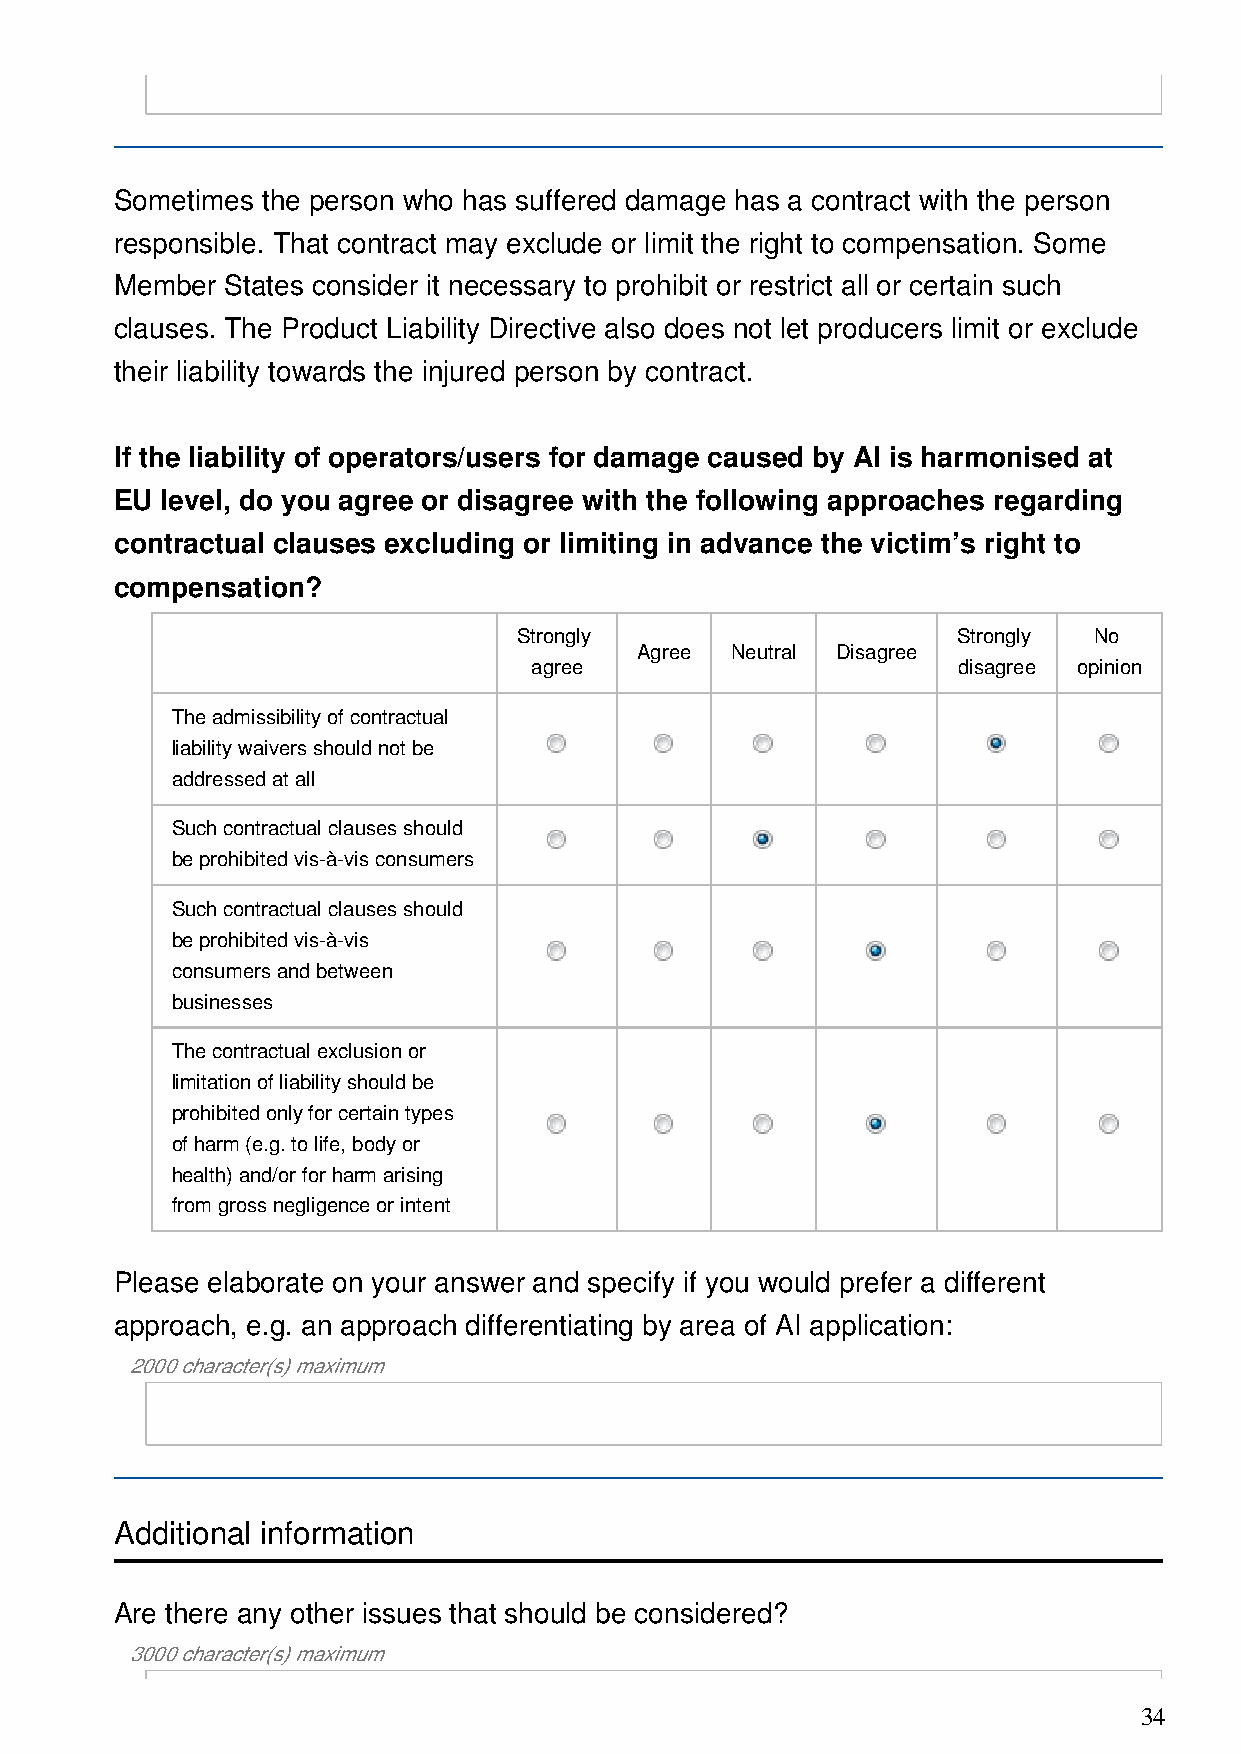
Sometimes the person who has suffered damage has a contract with the person
 responsible. That contract may exclude or limit the right to compensation. Some
 Member States consider it necessary to prohibit or restrict all or certain such
 clauses. The Product Liability Directive also does not let producers limit or exclude
 their liability towards the injured person by contract.
 If the liability of operators/users for damage caused by AI is harmonised at
 EU level, do you agree or disagree with the following approaches regarding
 contractual clauses excluding or limiting in advance the victim’s right to
 compensation?
 Strongly                     Strongly No
 Agree Neutral Disagree
 agree                       disagree opinion
 The admissibility of contractual
 liability waivers should not be
 addressed at all
 Such contractual clauses should
 be prohibited vis-à-vis consumers
 Such contractual clauses should
 be prohibited vis-à-vis
 consumers and between
 businesses
 The contractual exclusion or
 limitation of liability should be
 prohibited only for certain types
 of harm (e.g. to life, body or
 health) and/or for harm arising
 from gross negligence or intent
 Please elaborate on your answer and specify if you would prefer a different
 approach, e.g. an approach differentiating by area of AI application:
 2000 character(s) maximum
 Additional information
 Are there any other issues that should be considered?
 3000 character(s) maximum
 34